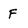
Character: F